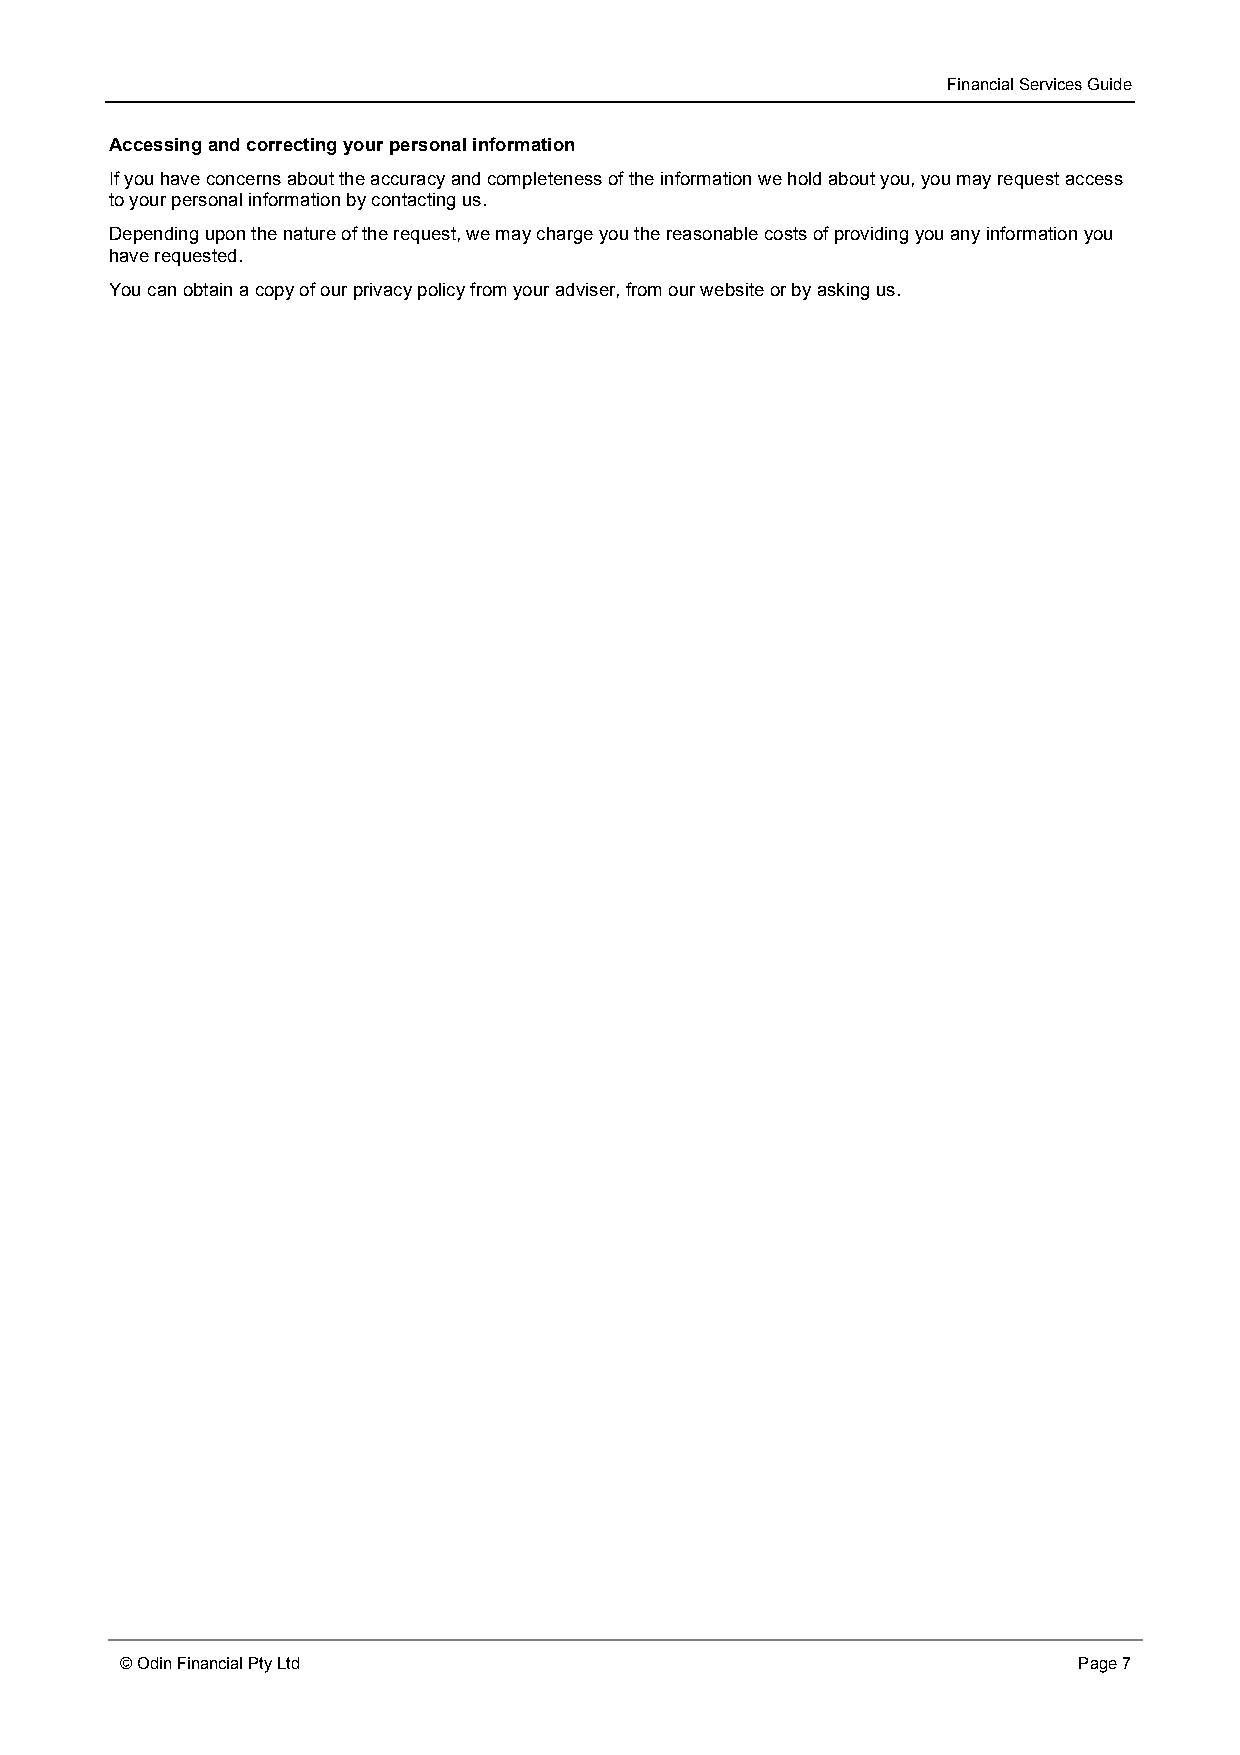
Financial Services Guide
 Accessing and correcting your personal information
 If you have concerns about the accuracy and completeness of the information we hold about you, you may request access
 to your personal information by contacting us.
 Depending upon the nature of the request, we may charge you the reasonable costs of providing you any information you
 have requested.
 You can obtain a copy of our privacy policy from your adviser, from our website or by asking us.
 © Odin Financial Pty Ltd                                       Page 7